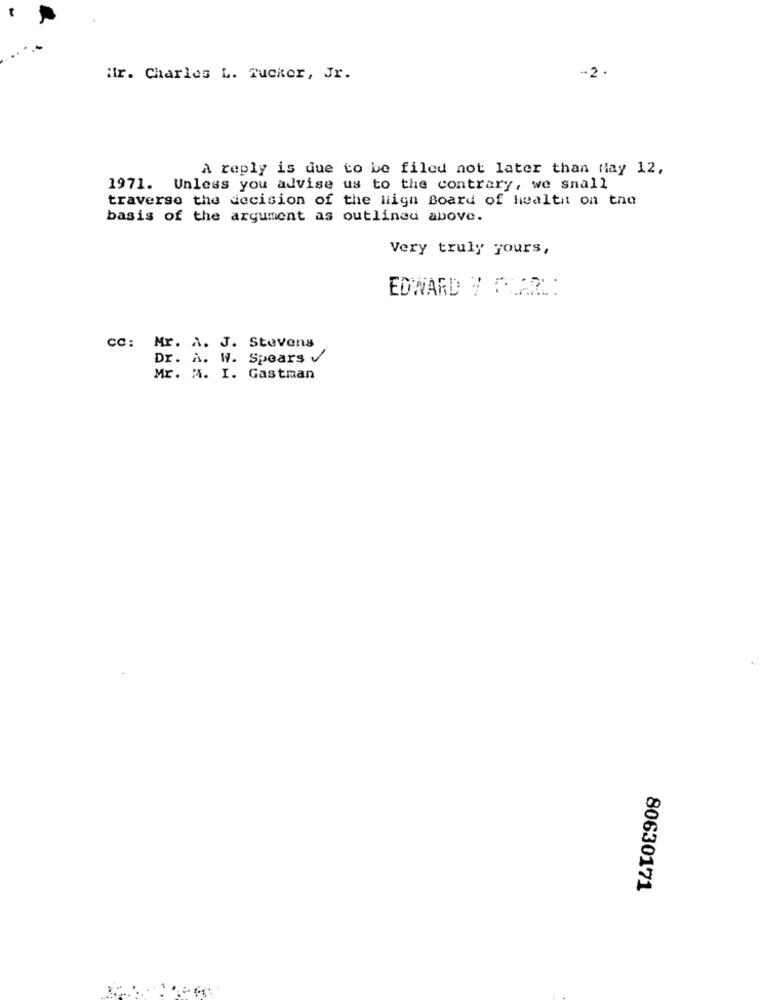
ifr. Charles L. Tucker, Jr.
-2
A reply is due to be filed not later than May 12,
1971. Unless you advise us to the contrary, we snall
traverse the decision of the high Board of health on the
basis of the argument as outlined above.
Very truly yours,
EDWARD Y FAR
cc: Mr. A. J. Stevens
Dr. A. W. Spears V
Mr. M. I. Gastman
80630171